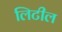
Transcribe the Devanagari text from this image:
लिटील